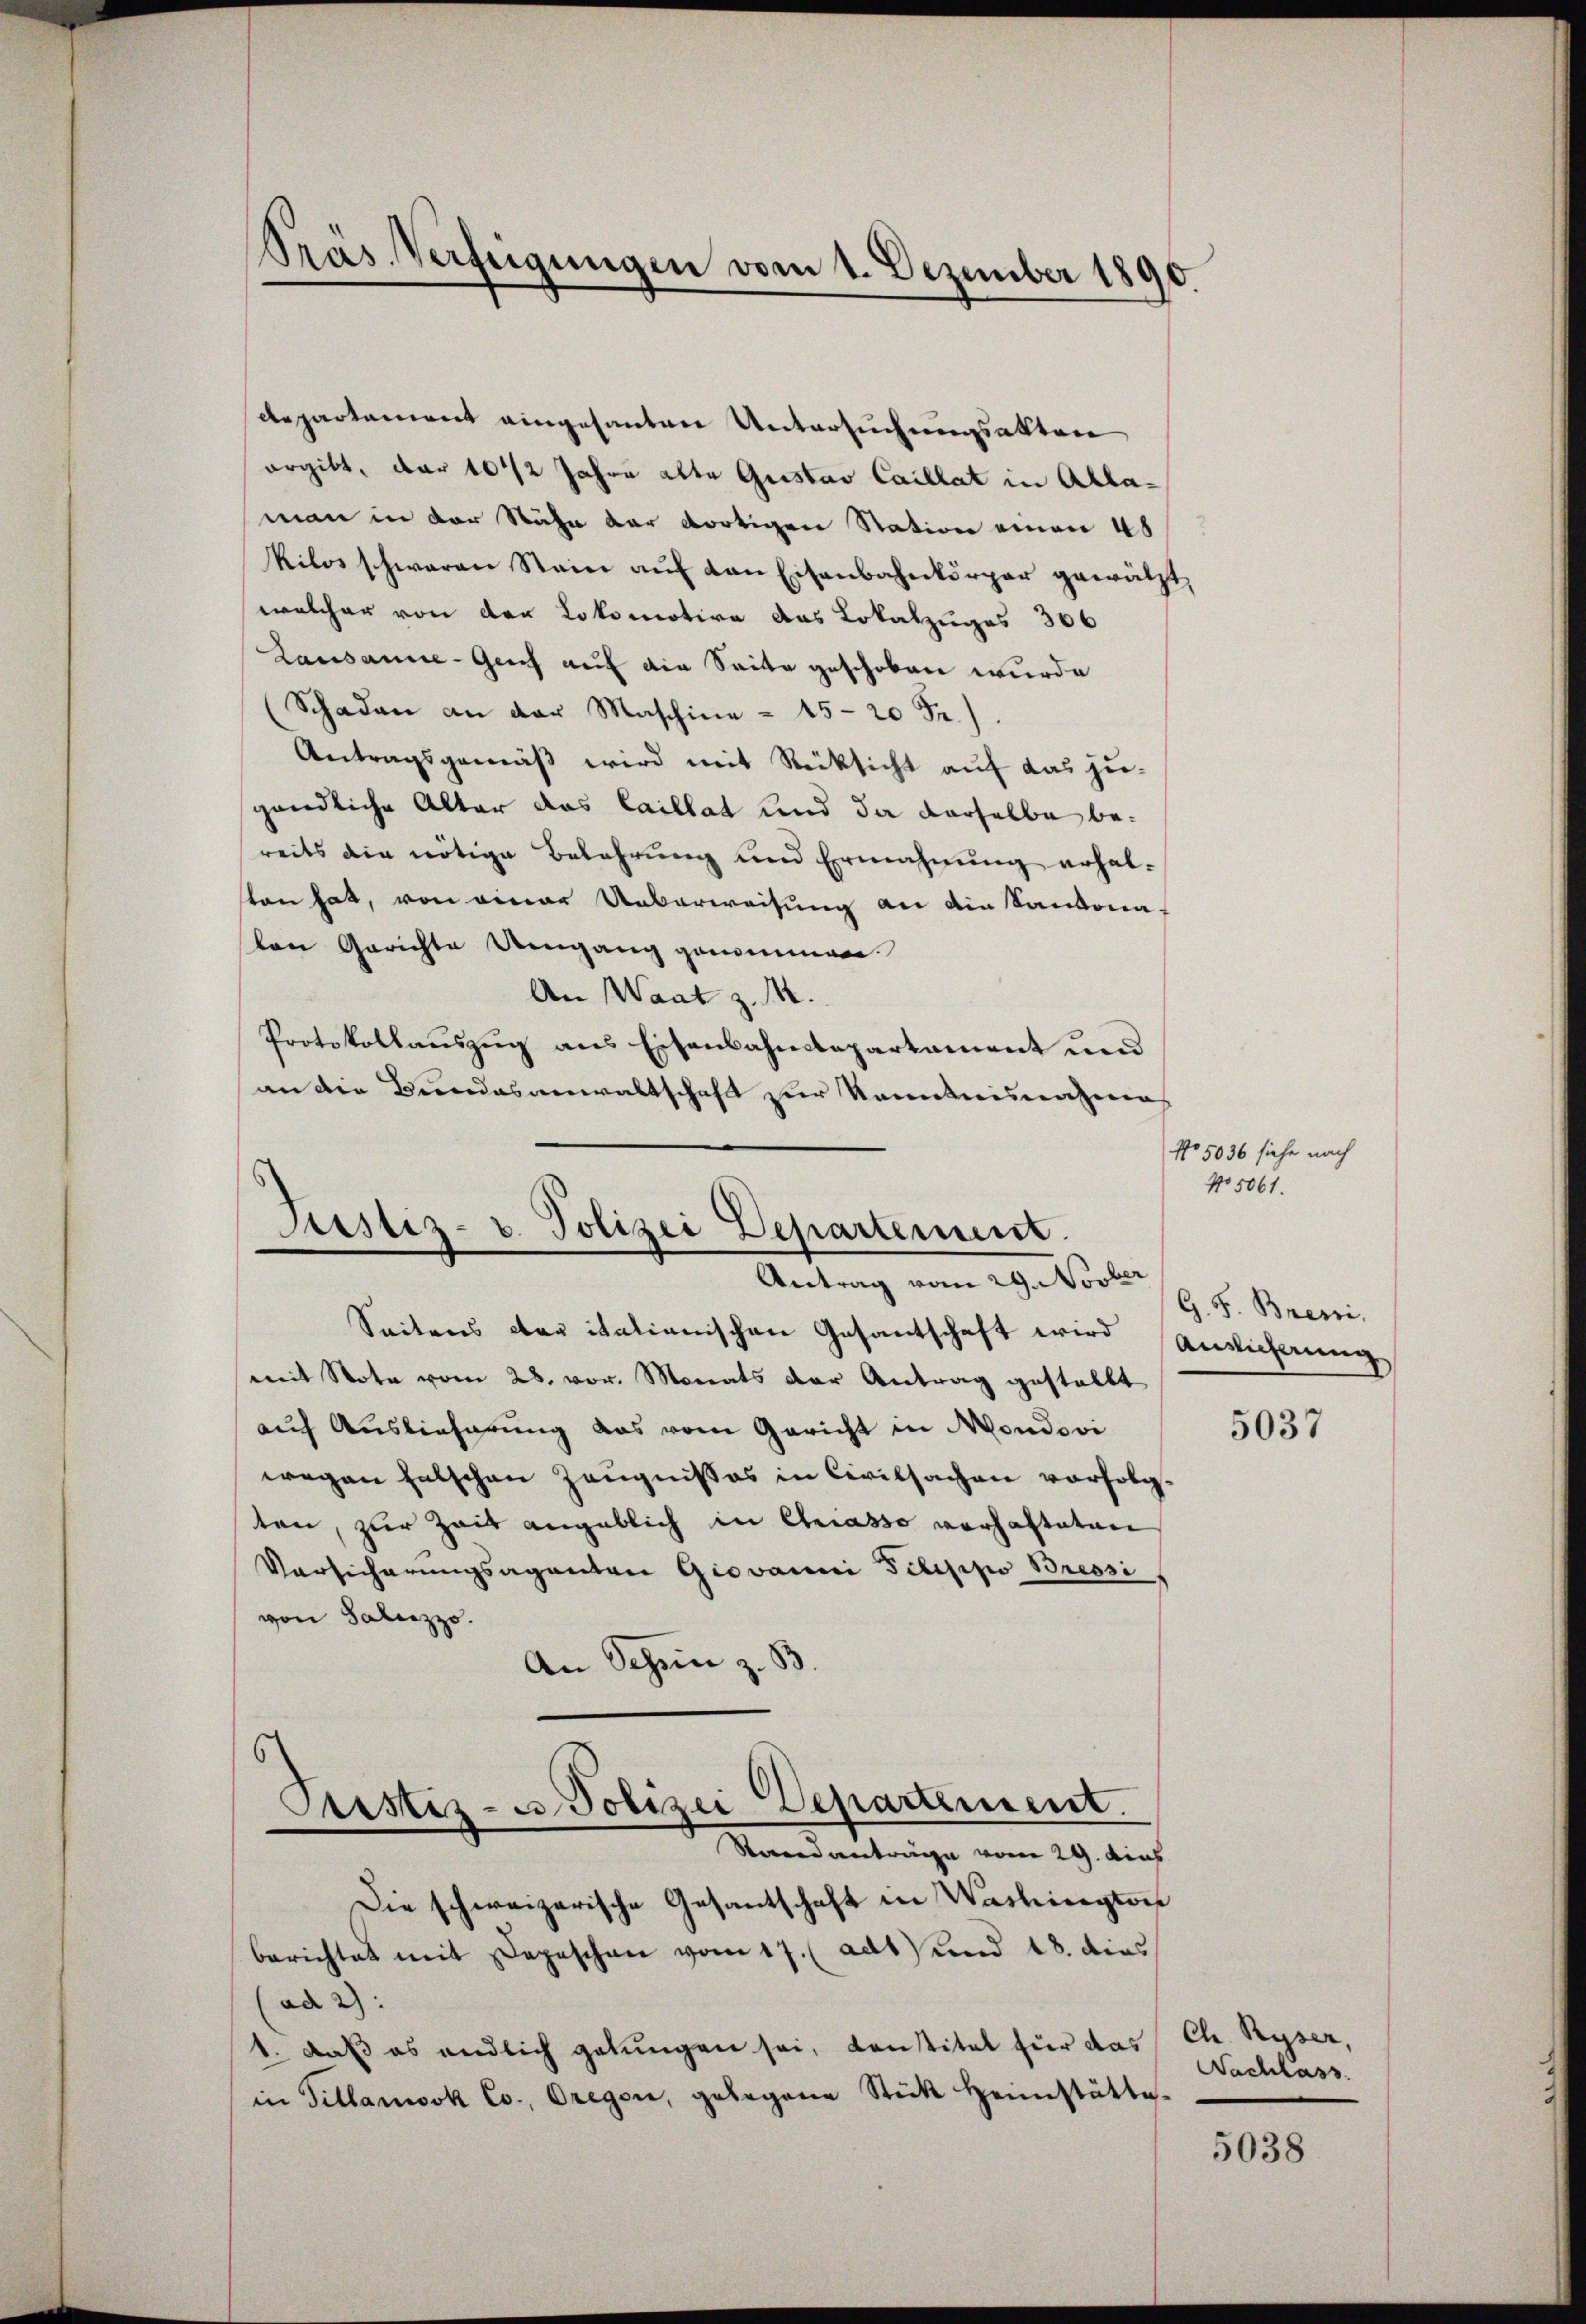
Präs. Verfügungen vom 1. Dezember 1890.

departament eingesanten Untersuchungsakten
ergibt, der 10 1/2 Jahre alte Gustav Caillat in Allaman in der Nähe der dortigen Station einen 48
Kilos schwaren Stein aŭf den Eisenbahnkörper gewälzt,
welcher von der Lokomotive das Lokalzuges 306
Lausanne - Gees auf die Seite geschoben wurde
Schaden an der Maschine - 15-20 Fr.).
Antragsgemäß wird mit Rücksicht auf das zugändliche Alter das Caillat und da derselbe bereits die nötige Belehrung und Ermahnung erhalsten hat, von einer Ueberweisung an die Kantonaton Gerichte Umgang genommen.
An Waat z. M.
Protokollauszug aus Eisenbahndepartement und
an die Bundesanwaltschaft zur Kenntnisnahme

Justiz- u. Polizei Departement
Antrag vom 29. Novber

Seitens der italienischen Gesantschaft wird Auslicherung
mit Note vom 28. vor. Monats der Antrag gestellt
auf Auslieferung das vom Gericht in Moudovi
wegen falschen Zeugnisses in Civilsachen vorfolgten, zur Zeit angeblich in Chasso vorhalteten
Versicherungsagenten Giovanni Pilippo Bressi
von Saliezzo.
An Schein z. B.
Justiz- & Polizei Departement.
Staendanträge vom 29. dies
Die schweizerische Gesantschaft in Washington
berichtet mit Depeschen vom 17. (adt) und 18. dies
ad 2):
1. daß es endlich gelungen sei, konstitel für das Ch. Ryser,
in Tillanwok Co. Oregen, gelegene Stück heimstätte.

No 5036 siehe nach
No. 5061.

G. H. Breni

5037

Nachlass

5038